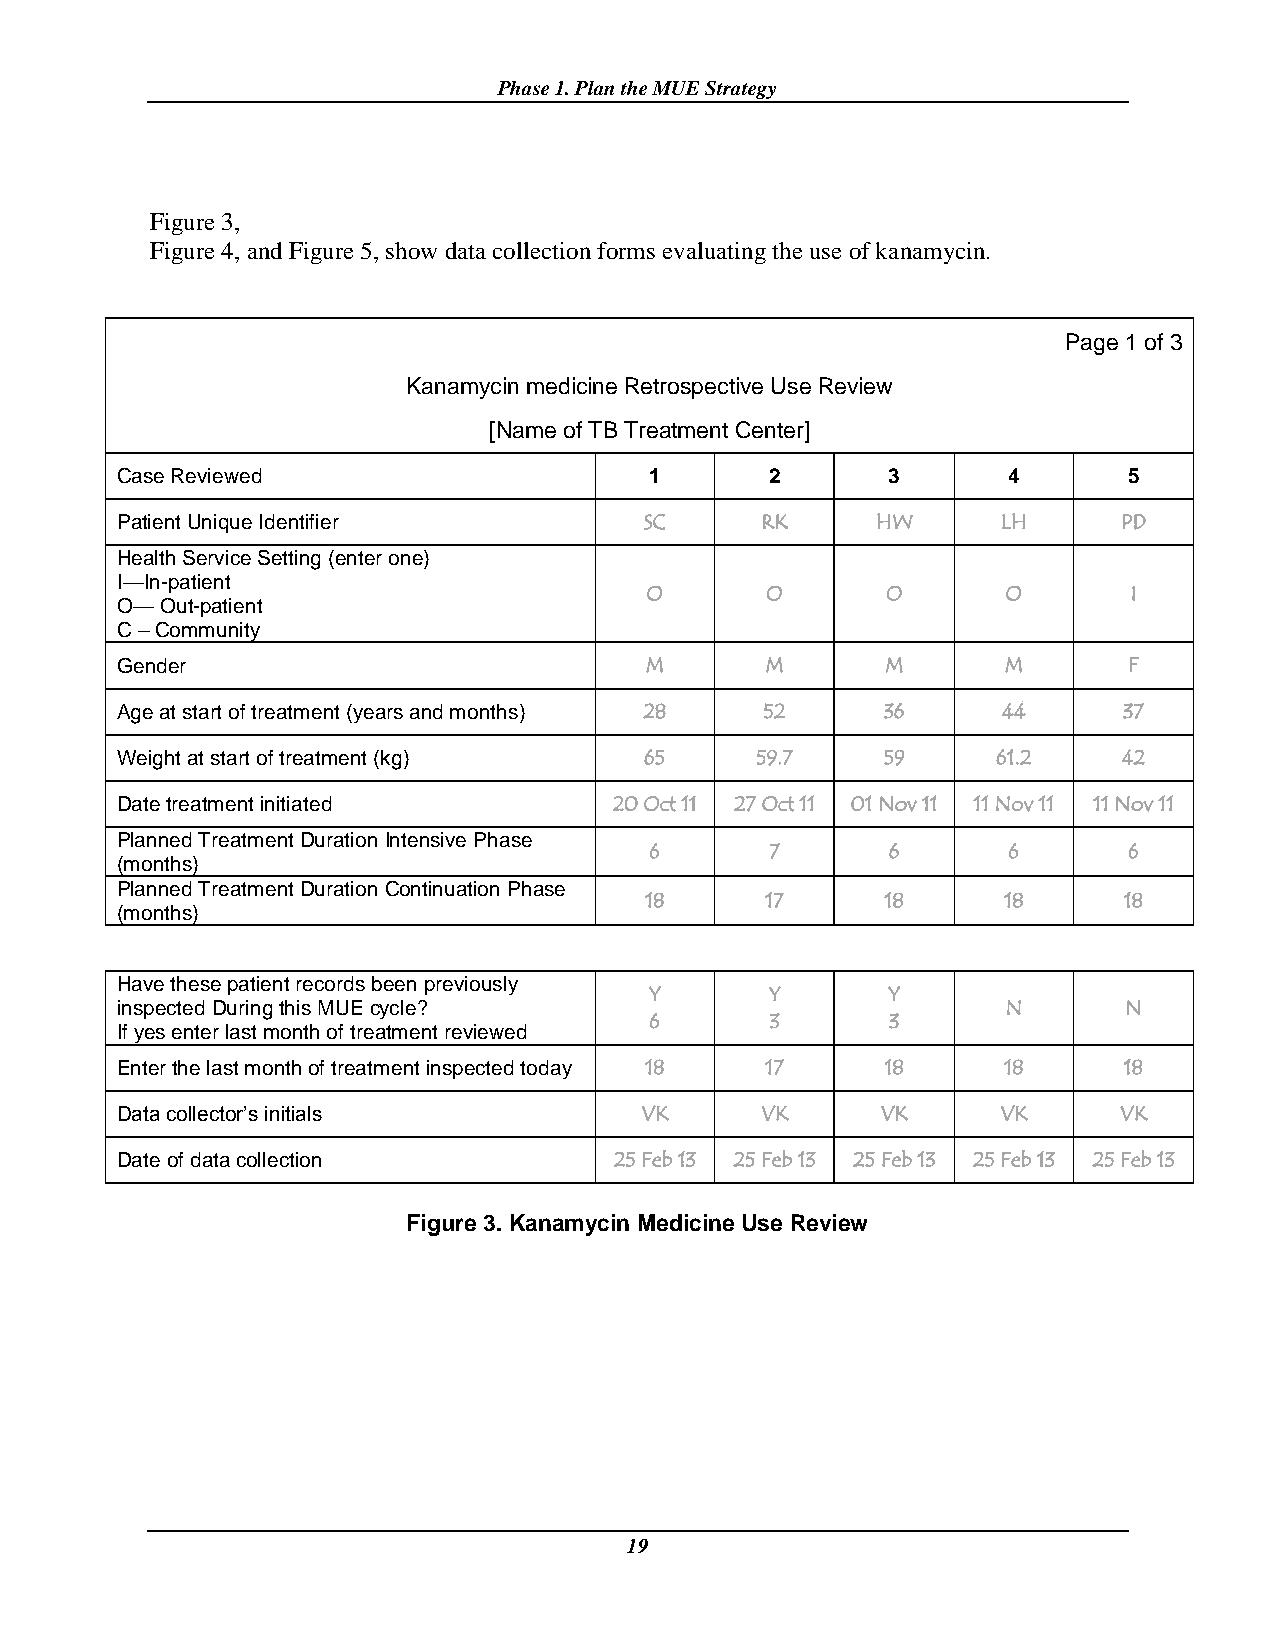
Phase 1. Plan the MUE Strategy
 Figure 3,
 Figure 4, and Figure 5, show data collection forms evaluating the use of kanamycin.
 Page 1 of 3
 Kanamycin medicine Retrospective Use Review
 [Name of TB Treatment Center]
 Case Reviewed                      1       2       3       4       5
 Patient Unique Identifier          SC     RK      HW      LH      PD
 Health Service Setting (enter one)
 I—In-patient
 O       O       O       O       I
 O— Out-patient
 C – Community
 Gender                             M       M       M       M       F
 Age at start of treatment (years and months) 28 52 36     44      37
 Weight at start of treatment (kg)  65     59.7     59     61.2    42
 Date treatment initiated         20 Oct 11 27 Oct 11 01 Nov 11 11 Nov 11 11 Nov 11
 Planned Treatment Duration Intensive Phase
 6       7       6       6       6
 (months)
 Planned Treatment Duration Continuation Phase
 18      17      18      18     18
 (months)
 Have these patient records been previously
 Y       Y       Y
 inspected During this MUE cycle?                           N      N
 6       3       3
 If yes enter last month of treatment reviewed
 Enter the last month of treatment inspected today 18 17 18 18     18
 Data collector’s initials         VK      VK      VK      VK      VK
 Date of data collection          25 Feb 13 25 Feb 13 25 Feb 13 25 Feb 13 25 Feb 13
 Figure 3. Kanamycin Medicine Use Review
 19